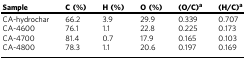
| Sample | C (%) | H (%) | O (%) | (O/C)a | (H/C)a |
 | --- | --- | --- | --- | --- | --- |
 | CA-hydrochar | 66.2 | 3.9 | 29.9 | 0.339 | 0.707 |
 | CA-4600 | 76.1 | 1.1 | 22.8 | 0.225 | 0.173 |
 | CA-4700 | 81.4 | 0.7 | 17.9 | 0.165 | 0.103 |
 | CA-4800 | 78.3 | 1.1 | 20.6 | 0.197 | 0.169 |